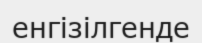
енгізілгенде